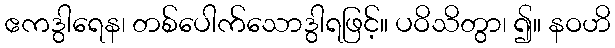
ဧကဒွါရေန၊ တစ်ပေါက်သောဒွါရဖြင့်။ ပဝိသိတွာ၊ ၍။ နဝဟိ